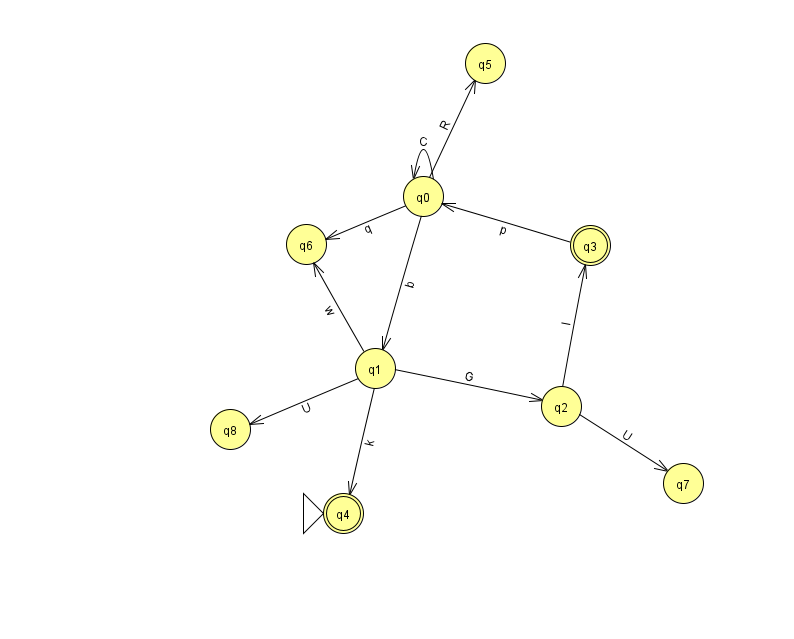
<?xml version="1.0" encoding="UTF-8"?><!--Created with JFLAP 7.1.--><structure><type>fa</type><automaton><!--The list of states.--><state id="0" name="q0"><x>423.0</x><y>183.0</y></state><state id="1" name="q1"><x>375.0</x><y>355.0</y></state><state id="2" name="q2"><x>561.0</x><y>393.0</y></state><state id="3" name="q3"><x>590.0</x><y>232.0</y><final/></state><state id="4" name="q4"><x>343.0</x><y>500.0</y><initial/><final/></state><state id="5" name="q5"><x>485.0</x><y>50.0</y></state><state id="6" name="q6"><x>306.0</x><y>231.0</y></state><state id="7" name="q7"><x>683.0</x><y>470.0</y></state><state id="8" name="q8"><x>230.0</x><y>416.0</y></state><!--The list of transitions.--><transition><from>0</from><to>0</to><read>C</read></transition><transition><from>1</from><to>2</to><read>G</read></transition><transition><from>0</from><to>1</to><read>b</read></transition><transition><from>2</from><to>7</to><read>U</read></transition><transition><from>0</from><to>5</to><read>R</read></transition><transition><from>3</from><to>0</to><read>p</read></transition><transition><from>0</from><to>6</to><read>q</read></transition><transition><from>1</from><to>6</to><read>w</read></transition><transition><from>1</from><to>4</to><read>k</read></transition><transition><from>1</from><to>8</to><read>U</read></transition><transition><from>2</from><to>3</to><read>I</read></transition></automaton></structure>